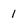
Character: 1